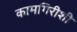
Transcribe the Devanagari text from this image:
कामगिरीशी